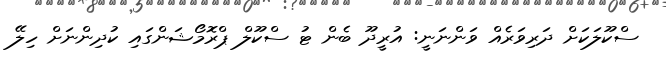
ސްކޫލަކަށް ދަރިވަރެއް ވަންނަނީ: އުރީދޫ ބެން ޓު ސްކޫލް ޕްރޮމޯޝަންގައި ކުދިންނަށް ހިލޭ